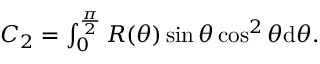
\begin{array} { r } { C _ { 2 } = \int _ { 0 } ^ { \frac { \pi } { 2 } } R ( \theta ) \sin \theta \cos ^ { 2 } \theta \mathrm { d } \theta . } \end{array}